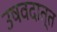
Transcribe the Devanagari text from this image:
उषवदात्त